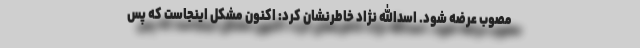
مصوب عرضه شود. اسدالله نژاد خاطرنشان کرد: اکنون مشکل اینجاست که پس